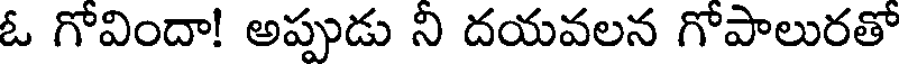
ఓ గోవిందా! అప్పుడు ని దయవలన గోపాలురతో